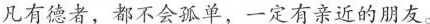
凡有德者，都不会孤单，一定有亲近的朋友。